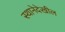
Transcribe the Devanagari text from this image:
स्थानेदेखील